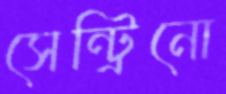
সেন্ট্রিনো